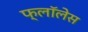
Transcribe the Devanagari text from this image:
फ्लॉलेस